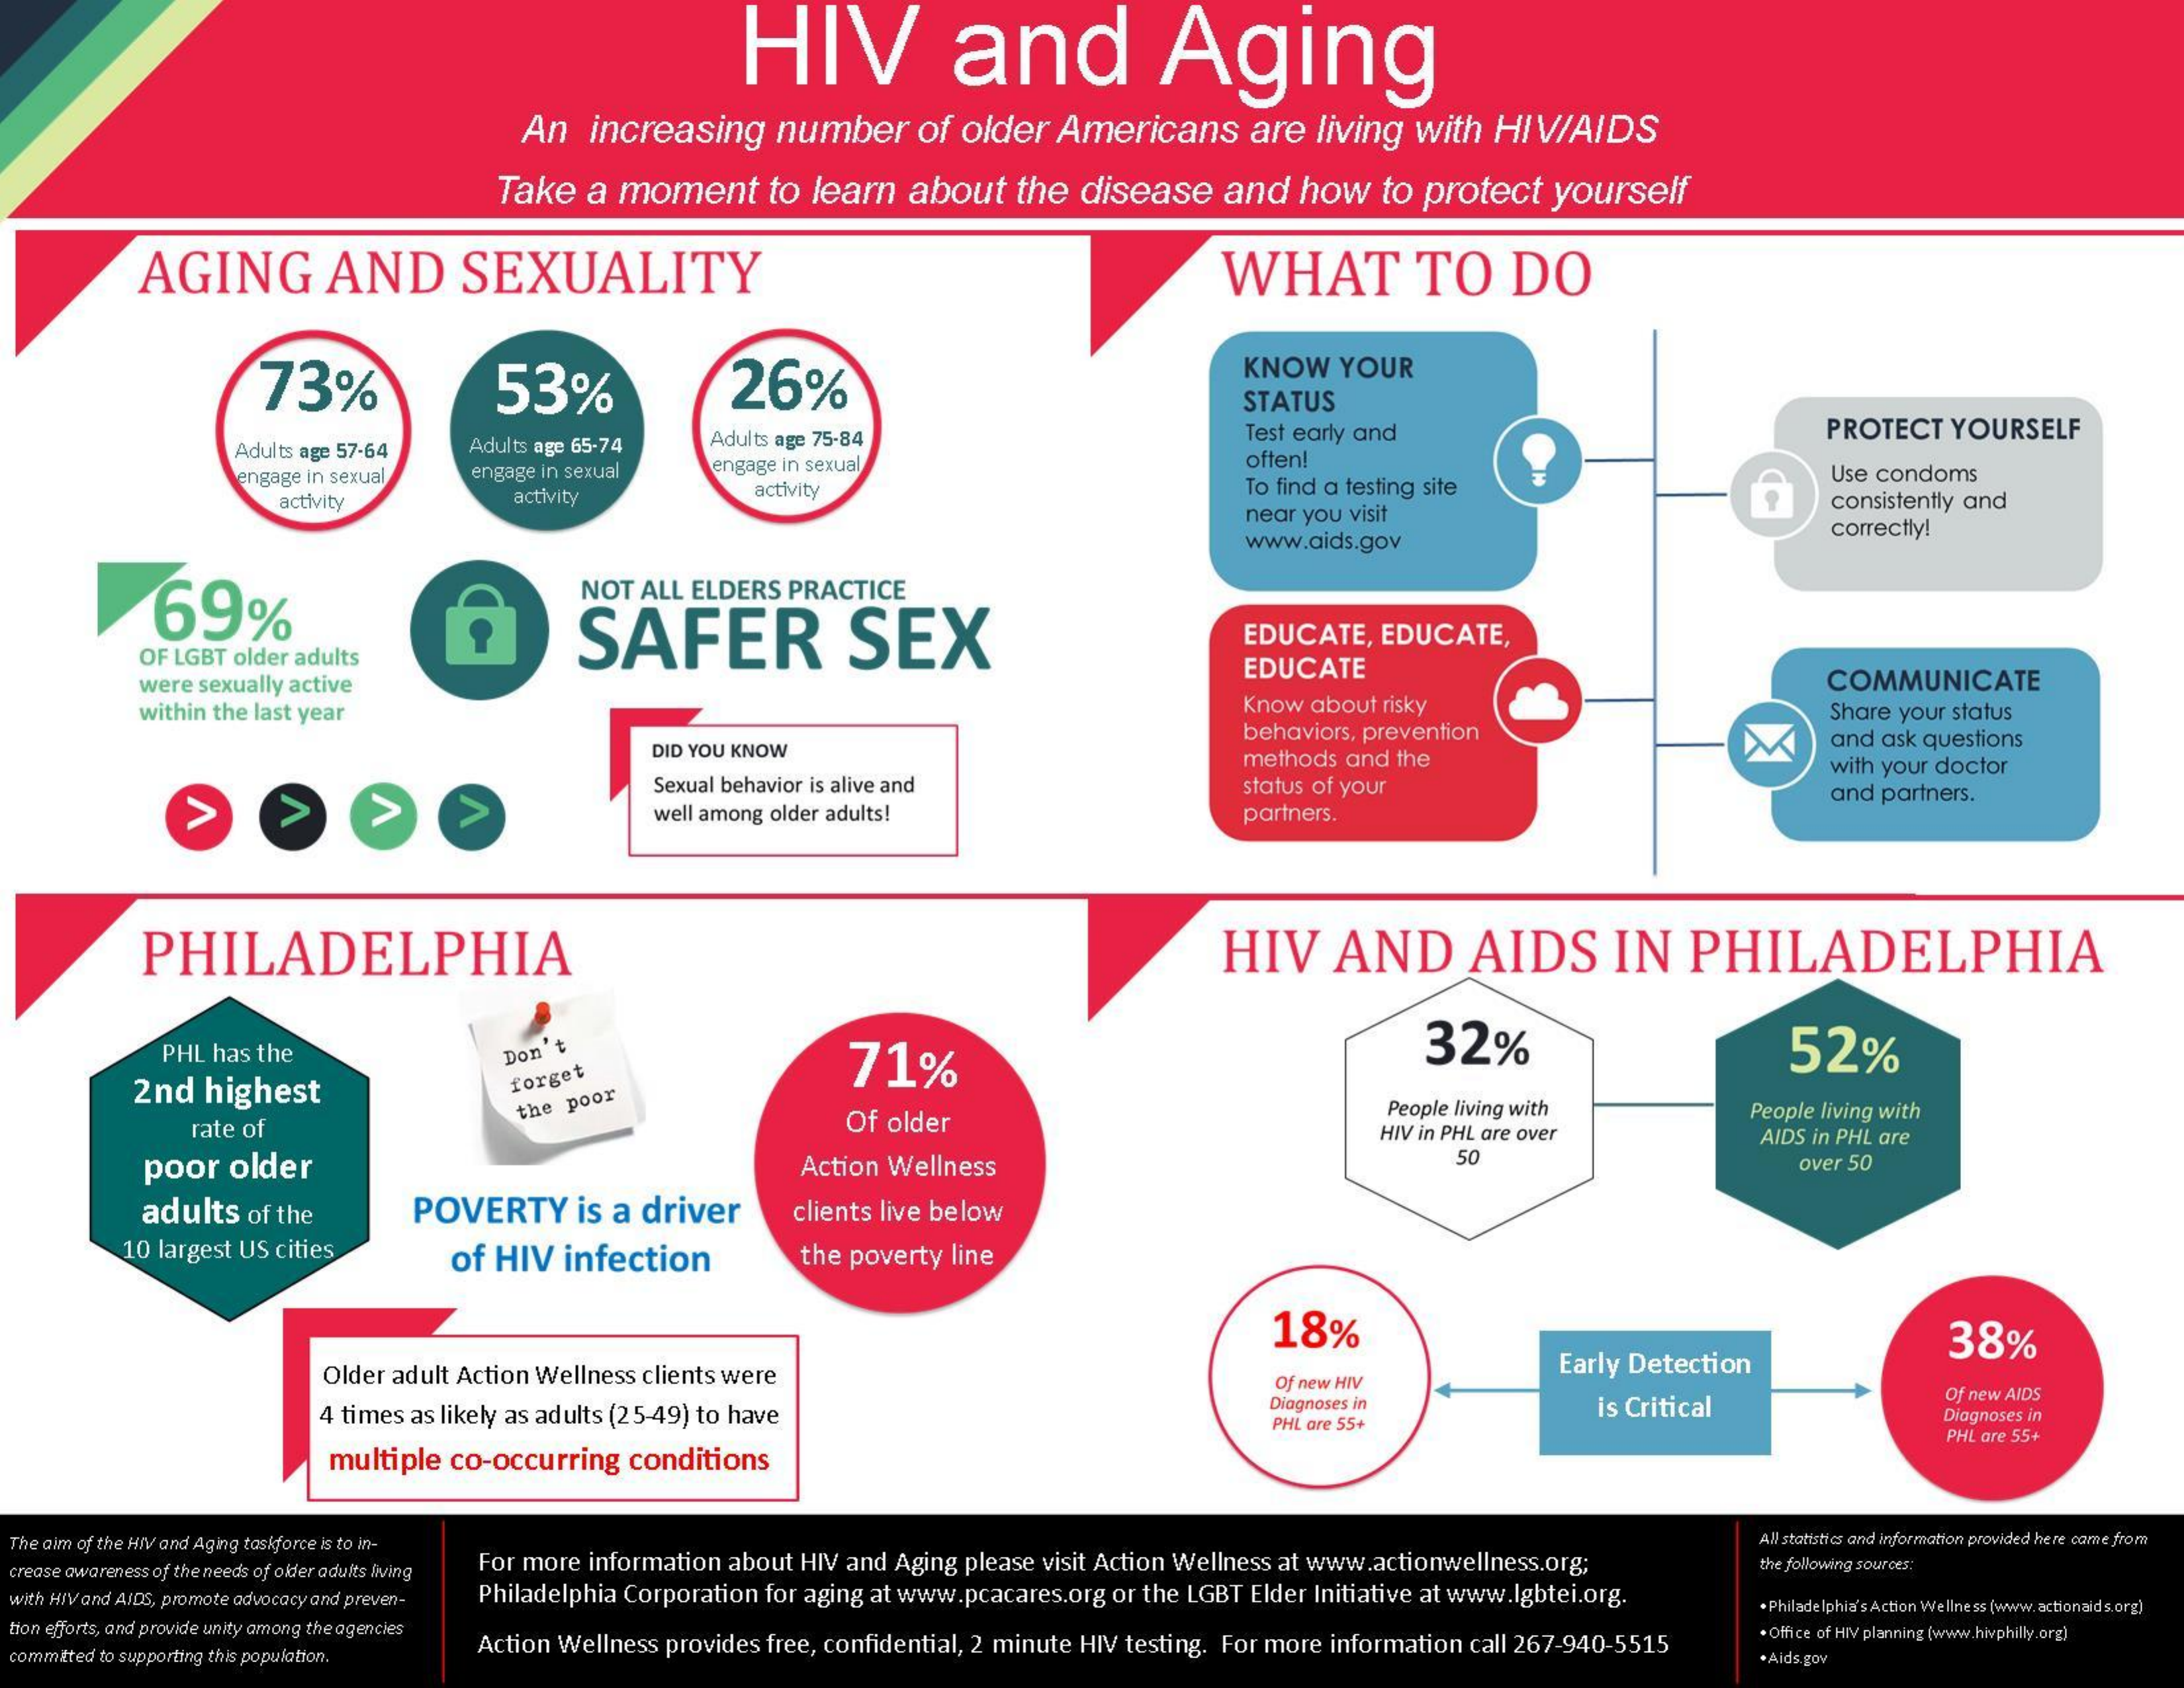
HIV    and    Aging
     An   increasing    number    of older   Americans    are   living  with  HIV/AIDS
     Take   a moment    to learn   about    the  disease    and   how    to protect    yourself
     AGING    AND    SEXUALITY    WHAT    TO    DO
     73%    53%    26%    KNOW    YOUR
     STATUS
     PROTECT   YOURSELF
     Adults age 57-64   Adults age 65.74   Adults age 75-84    Test early and
     engage in sexual   engage in sexual    engage in sexual    often!
     activity    activity    activity    To find a testing site
     Use condoms
     near you visit
     consistently and
     www.aids.gov
     correctly!
     69%
     NOT  ALL ELDERS PRACTICE
     SAFER    SEX
     OF LGBT older adults
     EDUCATE,   EDUCATE,
     were sexually active
     EDUCATE
     Know about risky
     COMMUNICATE
     within the last year
     DID YOU KNOW
     behaviors, prevention
     Share your status
     methods and the
     and ask questions
     with your doctor
     >    >
     Sexual behavior is alive and    status of your
     well among older adults!    partners.
     and partners.
     PHILADELPHIA    HIV    AND    AIDS    IN    PHILADELPHIA
     PHL has the    32%    52% Don't
     2nd   highest
     71% forget
     rate of
     the poor
     Of older
     People living with    People living with
     HIV in PHL are over    AIDS in PHL are
     poor  older    Action Wellness
     50    over 50
     adults  of the    POVERTY    is a driver    clients live below
     10 largest US cities    of HIV  infection    the poverty line
     18%
     Early Detection
     38%
     Older adult Action Wellness clients were    of new HIV
     4 times as likely as adults (25-49) to have
     Diagnoses in    is Critical    Of new AIDS
     PHL are 55+    Diagnoses in
     multiple co-occurring  conditions
     PHIL are 55+
  The aim of the HIV and Aging taskforce is to in-
     For more information about HIV and Aging please visit Action Wellness at www.actionwellness.org;
     All statistics and information provided here came from
  crease awareness of the needs of older oduits living    the following sources:
  with HIV and AIDS, promote advocacy and preven- Philadelphia Corporation for aging at www.pcacares.org or the LGBT Elder Initiative at www.lgbtei.org.
  tion efforts, and provide unity among the agencies
     +Philadelphia's Action Wellness [www.actionaid s.org)
  committed to supporting this population.
     Action Wellness provides free, confidential, 2 minute HIV testing. For more information call 267-940-5515
     +Office of HIV planning (www.hivphilly.org)
     Aids.gov